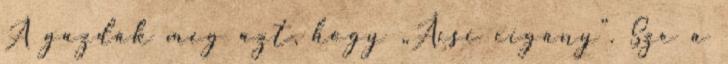
A gazdák meg azt, hogy „Ácsi cigány”. Sze a